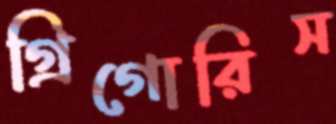
গ্রিগোরিস